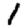
Digit: 1